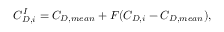
C _ { D , i } ^ { I } = C _ { D , m e a n } + F ( C _ { D , i } - C _ { D , m e a n } ) ,